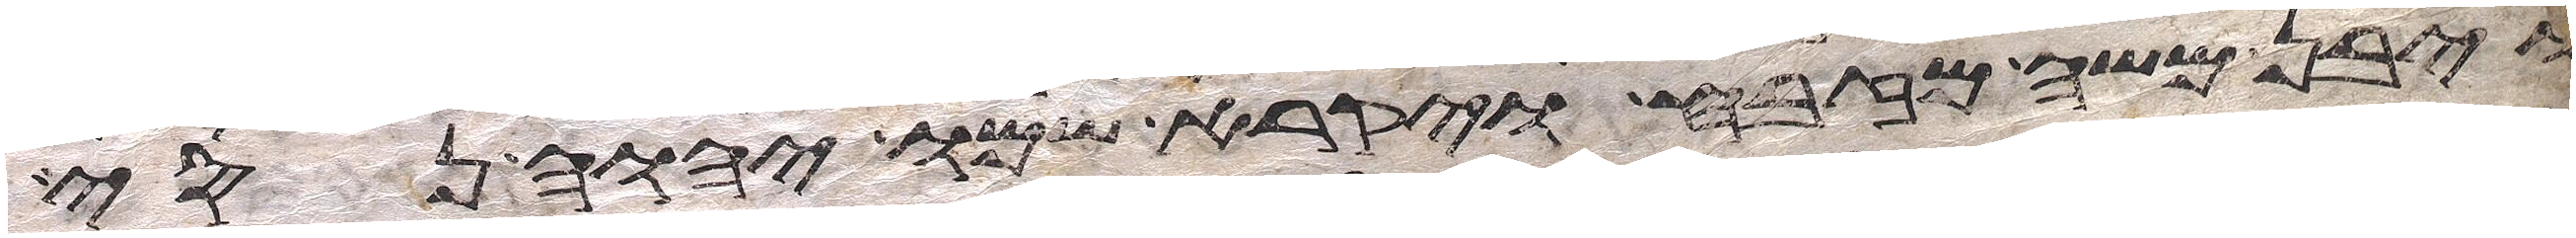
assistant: ויבן משה מזבח ויקרא שמו יהוה נסי